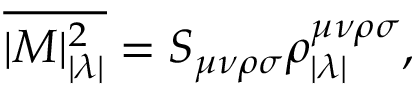
\overline { { { | { \cal M } | _ { | \lambda | } ^ { 2 } } } } = S _ { \mu \nu \rho \sigma } \rho _ { | \lambda | } ^ { \mu \nu \rho \sigma } ,